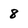
Character: 8